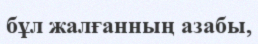
бұл жалғанның азабы,